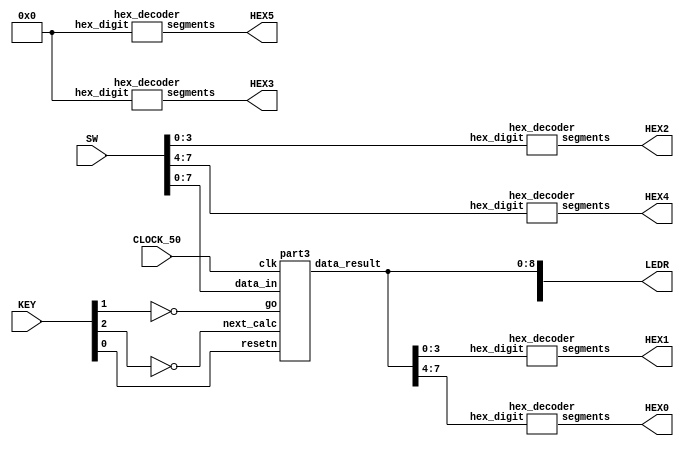
module Divider_Function(SW, KEY, CLOCK_50, LEDR, HEX0, HEX1, HEX2, HEX3, HEX4, HEX5);
    input [9:0] SW;
    input [3:0] KEY;
    input CLOCK_50;
    output [9:0] LEDR;
    output [6:0] HEX0, HEX1, HEX2, HEX3, HEX4, HEX5;

    wire resetn;
    wire go;
	 wire next_calc;

    wire [8:0] data_result;
    assign go = ~KEY[1];            //Press go = KEY[1] to start calculation
    assign resetn = KEY[0];         //Press KEY[0] to reset 
	 assign next_calc = ~KEY[2];     //Press KEY[2] to do next calculation

    part3 u0(
        .clk(CLOCK_50),
        .resetn(resetn),
        .go(go),
		  .next_calc(next_calc),
        .data_in(SW[7:0]),
        .data_result(data_result)
    );
      
    assign LEDR[8:0] = data_result; //data_result[8:4] = Remainder
												//data_result[3:0] = Quotient

	 //Quotient
    hex_decoder H0( .hex_digit(data_result[3:0]), .segments(HEX1) );
        
	 //Remainder
    hex_decoder H1( .hex_digit(data_result[7:4]), .segments(HEX0) );
		  
    //Divisor
	 hex_decoder H2( .hex_digit(SW[3:0]), .segments(HEX2) );
	 
	 //Dividend
	 hex_decoder H3( .hex_digit(SW[7:4]), .segments(HEX4) );
	 
	 hex_decoder H4( .hex_digit(4'b0), .segments(HEX5) );
	 hex_decoder H5( .hex_digit(4'b0), .segments(HEX3) );

endmodule

module part3(
    input clk,
    input resetn,
    input go,
	 input next_calc,
    input [7:0] data_in,
    output [8:0] data_result
    );

    // lots of wires to connect our datapath and control
    wire regA_msb, dividend_msb;
    wire ld_divisor_dividend, left_shift, add, sub, set_q0;
	 wire [2:0] shift_count;

    control C0(
        .clk(clk),
        .resetn(resetn),
        .go(go),
		  .next_calc(next_calc),
        
        .regA_msb(regA_msb), 
        .dividend_msb(dividend_msb),
		  .shift_count(shift_count),
		  
        .ld_divisor_dividend(ld_divisor_dividend),
        .left_shift(left_shift),
        .add(add), 
        .sub(sub), 
        .set_q0(set_q0)
    );

    datapath D0(
        .clk(clk),
        .resetn(resetn),
		  .data_in(data_in),

        .ld_divisor_dividend(ld_divisor_dividend),
        .left_shift(left_shift),
        .add(add), 
        .sub(sub), 
        .set_q0(set_q0),

        .data_result(data_result),
		  .regA_msb(regA_msb), 
        .dividend_msb(dividend_msb),
		  .shift_count(shift_count)
    );
                
 endmodule        
                

module control(
    input clk,
    input resetn,
    input go,
	 input next_calc,
	 input regA_msb,
	 input dividend_msb,
	 input [2:0] shift_count,

    output reg ld_divisor_dividend,
    output reg left_shift,
    output reg add,
	 output reg sub,
    output reg set_q0
    );

    reg [3:0] current_state, next_state; 
    
    localparam  S_LOAD_Divisor_Dividend = 5'd0,
                S_LOAD_DD_WAIT   = 5'd1,
                S_CYCLE_0       = 5'd2,
                S_CYCLE_1       = 5'd3,
                S_CYCLE_2       = 5'd4,
					 S_CYCLE_3       = 5'd5,
					 S_CYCLE_4       = 5'd6,
					 S_CYCLE_5       = 5'd7,
					 S_CYCLE_5_WAIT  = 5'd8;
    
    // Next state logic aka our state table
    always@(*)
    begin: state_table 
            case (current_state)
                S_LOAD_Divisor_Dividend: next_state = go ? S_LOAD_DD_WAIT : S_LOAD_Divisor_Dividend; // Loop in current state until value is input
                S_LOAD_DD_WAIT: next_state = go ? S_LOAD_DD_WAIT : S_CYCLE_0; // Loop in current state until go signal goes low
                S_CYCLE_0: next_state = S_CYCLE_1;  // Left Shift
                S_CYCLE_1: next_state = S_CYCLE_2;  // RegA - Divisor
					 S_CYCLE_2: next_state = shift_count ? S_CYCLE_0 : S_CYCLE_5;  // Check MSB
					 S_CYCLE_5: next_state = next_calc ? S_CYCLE_5_WAIT : S_CYCLE_5; 
					 S_CYCLE_5_WAIT: next_state = next_calc ? S_CYCLE_5_WAIT : S_LOAD_Divisor_Dividend; 
            default:     next_state = S_LOAD_Divisor_Dividend;
        endcase
    end // state_table
   

    // Output logic aka all of our datapath control signals
    always @(*)
    begin: enable_signals
        // By default make all our signals 0 to avoid latches.
        // This is a different style from using a default statement.
        // It makes the code easier to read.  If you add other out
        // signals be sure to assign a default value for them here.
        ld_divisor_dividend = 1'b0;
        left_shift = 1'b0;
        add = 1'b0;
		  sub = 1'b0;
        set_q0 = 1'b0;

        case (current_state)
            S_LOAD_Divisor_Dividend: begin
                ld_divisor_dividend = 1'b1;
					 
                end
            S_CYCLE_0: begin // Do Left Shift
                left_shift = 1'b1; 
            end
				S_CYCLE_1: begin // RegA - Divisor
                sub = 1'b1;
            end
            S_CYCLE_2: begin //Check MSB
                if(regA_msb)begin
						add = 1'b1;
					 end
					 else begin
						set_q0 = 1'b1;
					 end
            end
        // default:    // don't need default since we already made sure all of our outputs were assigned a value at the start of the always block
        endcase
    end // enable_signals
   
    // current_state registers
    always@(posedge clk)
    begin: state_FFs
        if(!resetn)
            current_state <= S_LOAD_Divisor_Dividend;
        else
            current_state <= next_state;
    end // state_FFS
endmodule

module datapath(
    input clk,
    input resetn,
    input [7:0] data_in,
    input ld_divisor_dividend, 
    input left_shift,
    input add,
    input sub, 
    input set_q0,
	 
    output reg [8:0] data_result,
	 output reg regA_msb,
	 output reg dividend_msb,
	 output reg [2:0] shift_count
    );
    
    // registers
    reg [4:0] divisor, regA;
    reg [3:0] dividend;
	 reg left_shift_msb;
	 reg [2:0] count;
    
    // Registers with respective input logic
    always@(posedge clk) begin
        if(!resetn) begin
            divisor <= 5'b0; 
            regA <= 5'b0; 
            dividend <= 4'b0;
        end
        else begin
            if(ld_divisor_dividend) begin
                divisor <= {1'b0, data_in[3:0]};
					 regA <= 5'b0;
					 dividend <= data_in[7:4];
					 
					 if(data_in[4] == 1'b1)
					     count = 4;
				    if(data_in[5:4] == {1'b1, 1'b0})
					     count = 3;
					 if(data_in[6:4] == {1'b1, 1'b0, 1'b0})
					     count = 2;
					 if(data_in[7:4] == {1'b1, 1'b0, 1'b0, 1'b0})
					     count = 1;
					 
					 shift_count <= count;
				end 
            if(left_shift) begin
                left_shift_msb = dividend[3];
					 dividend <= dividend << 1;
					 regA <= regA << 1;
					 regA[0] <= left_shift_msb;
					 shift_count <= shift_count - 1;
				end
            if(add) begin
                regA <= regA + divisor;
					 dividend[0] <= 1'b0;
				end
            if(sub)
                regA <= regA - divisor;
				if(set_q0)
				    dividend[0] <= 1'b1;
				    
        end
    end
 
    // Output result register
    always@(*) begin
        if(!resetn) begin
            data_result <= 8'b0; 
        end
        else 
            data_result <= {regA, dividend};
				regA_msb <= regA[4];
				dividend_msb <= dividend[3];
    end
 
endmodule


module hex_decoder(hex_digit, segments);
    input [3:0] hex_digit;
    output reg [6:0] segments;
   
    always @(*)
        case (hex_digit)
            4'h0: segments = 7'b100_0000;
            4'h1: segments = 7'b111_1001;
            4'h2: segments = 7'b010_0100;
            4'h3: segments = 7'b011_0000;
            4'h4: segments = 7'b001_1001;
            4'h5: segments = 7'b001_0010;
            4'h6: segments = 7'b000_0010;
            4'h7: segments = 7'b111_1000;
            4'h8: segments = 7'b000_0000;
            4'h9: segments = 7'b001_1000;
            4'hA: segments = 7'b000_1000;
            4'hB: segments = 7'b000_0011;
            4'hC: segments = 7'b100_0110;
            4'hD: segments = 7'b010_0001;
            4'hE: segments = 7'b000_0110;
            4'hF: segments = 7'b000_1110;   
            default: segments = 7'h7f;
        endcase
endmodule